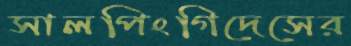
সালপিংগিদেসের